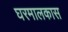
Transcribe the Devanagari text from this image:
घरमालकास